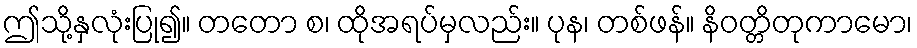
ဤသို့နှလုံးပြု၍။ တတော စ၊ ထိုအရပ်မှလည်း။ ပုန၊ တစ်ဖန်။ နိဝတ္တိတုကာမော၊